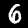
Label: 6